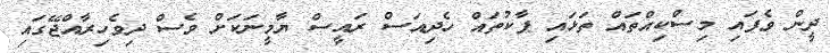
ދީން ވެފައި މިސްކިއްތައް ތަޅައި ޕާކުތައް ހެދިއަސް ރައީސް ޔާމީނަކަށް ވެސް ދިވެހިރާއްޖޭގައި